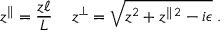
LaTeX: z ^ { \| } = \frac { z \ell } { L } \, \quad z ^ { \perp } = \sqrt { z ^ { 2 } + z ^ { \| \, 2 } - i \epsilon } \; .